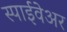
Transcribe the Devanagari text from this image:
स्पाईवेअर